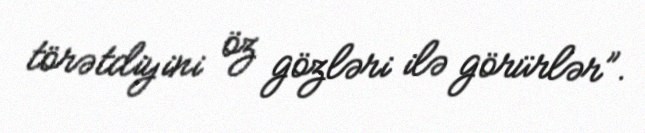
törətdiyini öz gözləri ilə görürlər”.